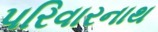
પરિવારનાથ